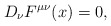
\begin{align*}D_\nu F^{\mu\nu}(x) = 0,\end{align*}